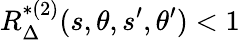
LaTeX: R_{\Delta}^{*(2)}(s,\theta,s^{\prime},\theta^{\prime})<1